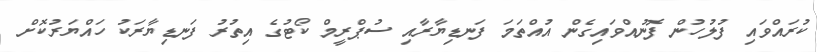
ކުރައްވައި ފުލުހުން ފޮނުއްވައިގެން އުއްތަމަ ފަނޑިޔާރާއި ސުޕްރީމް ކޯޓުގެ އިތުރު ފަނޑިޔާރަކު ހައްޔަރުކޮށް